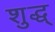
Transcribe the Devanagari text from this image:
शुद्ध्